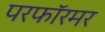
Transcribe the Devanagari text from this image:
परफॉरमर